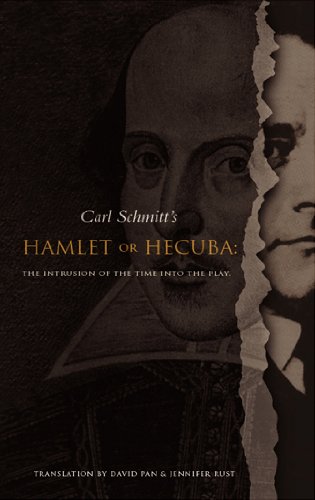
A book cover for Hamlet or Hecuba: The Intrusion of the Time into the Play; Carl Schmitt; Literature & Fiction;